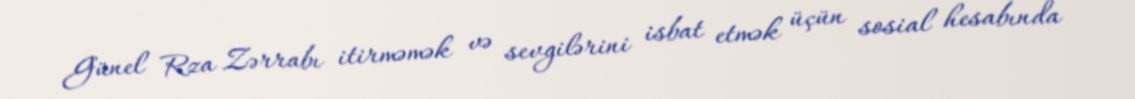
Günel Rza Zərrabı itirməmək və sevgilərini isbat etmək üçün sosial hesabında